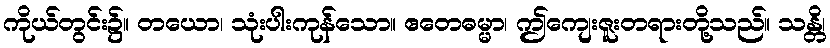
ကိုယ်တွင်း၌။ တယော၊ သုံးပါးကုန်သော။ ဧတေဓမ္မာ၊ ဤကျေးဇူးတရားတို့သည်။ သန္တိ၊